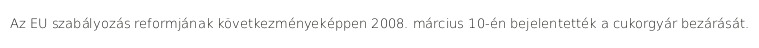
Az EU szabályozás reformjának következményeképpen 2008. március 10-én bejelentették a cukorgyár bezárását.